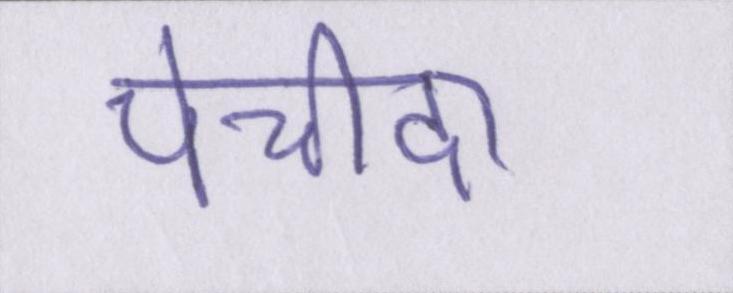
पेचीदा